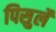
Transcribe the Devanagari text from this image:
पिसुर्ले